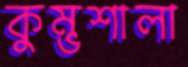
কুম্ভশালা